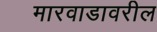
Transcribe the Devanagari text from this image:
मारवाडावरील